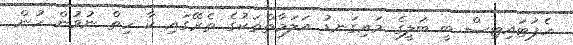
ހެޕަޓައިޓިސް ބީ ބަލީގެ މައިގަނޑު އަލަމާތްތަކުގެ ތެރޭގައި ކާ ހިތް ނުވުން ހުން